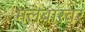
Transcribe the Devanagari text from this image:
मलबारवर